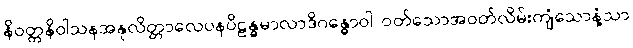
နိဝတ္တနိဝါသနအနုလိတ္တာလေပနပိဠန္ဓမာလာဒိဂန္ဓောဝါ၊ ဝတ်သောအဝတ်လိမ်းကျံသောနံ့သာ